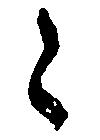
令